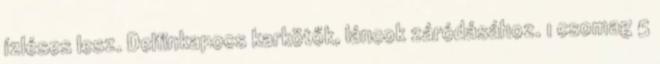
ízléses lesz. Delfinkapocs karkötők, láncok záródásához. 1 csomag 5